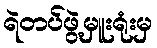
ရဲတပ်ဖွဲ့မှူးရုံးမှ